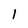
Character: 1